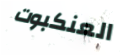
العنكبوت